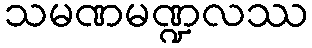
သမဏမဏ္ဍလဿ